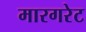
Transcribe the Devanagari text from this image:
मारगरेट